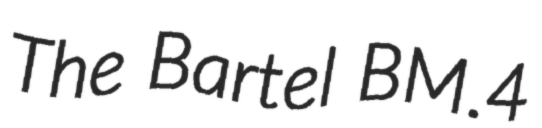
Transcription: The Bartel BM.4